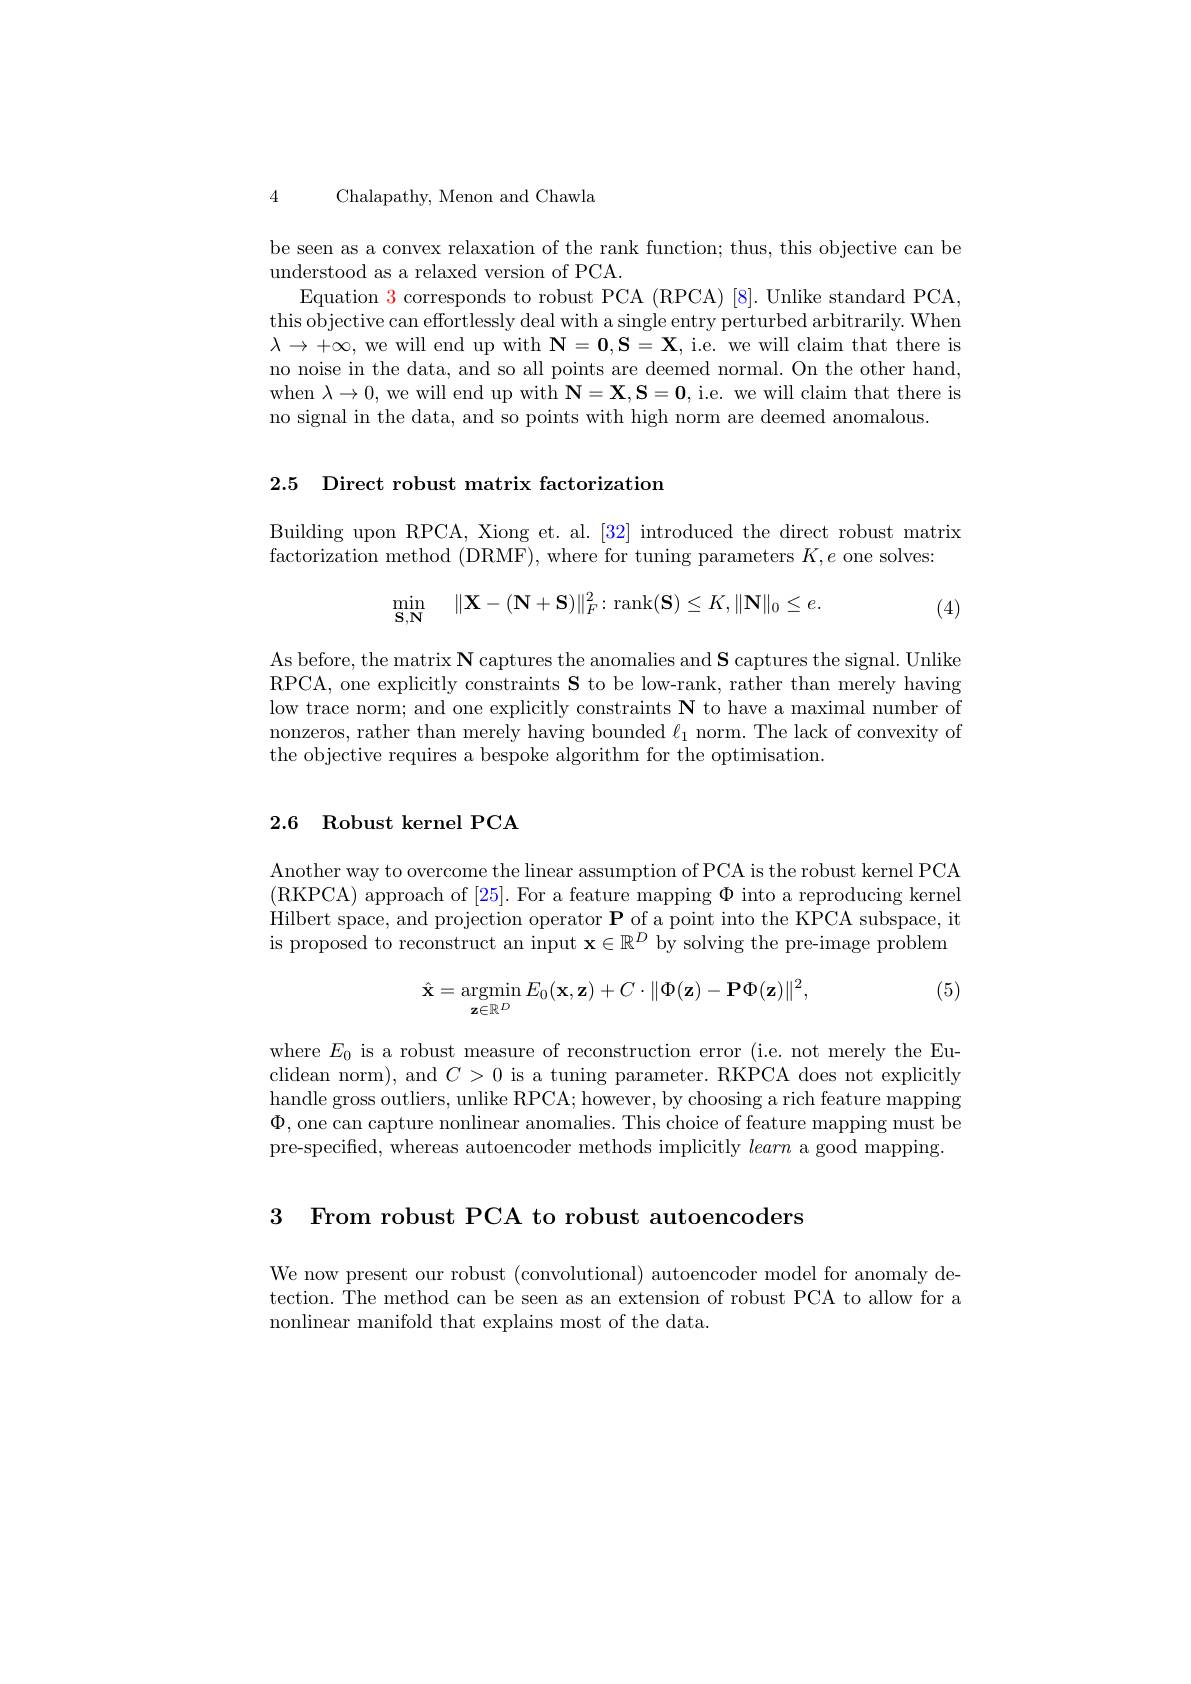
Chalapathy, Menon and Chawla

4

be seen as a convex relaxation of the rank function; thus, this objective can be
understood as a relaxed version of PCA
Equation $\color{red}{3}$corresponds to robust PCA (RPCA)[8]. Unlike standard PCA, this objective can effortlessly deal with a single entry perturbed arbitrarily. When $\lambda\to+\infty$, we will end up with $\mathbf{N}=\mathbf{0},\mathbf{S}=\mathbf{X}$, i.e. we will claim that there is no noise in the data, and so all points are deemed normal. On the other hand, when $\lambda\to0$, we will end up with $\mathbf{N}=\mathbf{X},\mathbf{S}=\mathbf{0}$, i.e. we will claim that there is no signal in the data, and so points with high norm are deemed anomalous

2.5 Direct robust matrix factorization

Building upon RPCA, Xiong et. al. [32] introduced the direct robust matrix
factorization method (DRMF), where for tuning parameters $K,e$ one solves:
$$\min\limits_{\mathbf{S},\mathbf{N}}\quad\|\mathbf{X}-(\mathbf{N}+\mathbf{S})\|_F^2\colon\operatorname{rank}(\mathbf{S})\leq K,\|\mathbf{N}\|_0\leq e.$$
(4)

As before, the matrix N captures the anomalies and $\textbf{S captures the signal. Unlike}$ RPCA, one explicitly constraints $\mathbf{S}$ to be low-rank, rather than merely having low trace norm; and one explicitly constraints N to have a maximal number of nonzeros, rather than merely having bounded $\ell_1$ norm. The lack of convexity of the objective requires a bespoke algorithm for the optimisation

# 2.6 Robust kernel PCA

Another way to overcome the linear assumption of PCA is the robust kernel PCA (RKPCA) approach of [25]. For a feature mapping $\Phi$ into a reproducing kernel Hilbert space, and projection operator $\mathbf{P}$ of a point into the KPCA subspace, it is proposed to reconstruct an input $\mathbf{x}\in\mathbb{R}^D$ by solving the pre-image problem
$$\hat{\mathbf{x}}=\underset{\mathbf{z}\in\mathbb{R}^{D}}{\operatorname*{argmin}}E_{0}(\mathbf{x},\mathbf{z})+C\cdot\|\Phi(\mathbf{z})-\mathbf{P}\Phi(\mathbf{z})\|^{2},$$
(5)

where $E_{0}$ is a robust measure of reconstruction error (i.e. not merely the Euclidean norm), and $C>0$ is a tuning parameter. RKPCA does not explicitly handle gross outliers, unlike RPCA; however, by choosing a rich feature mapping $\Phi$, one can capture nonlinear anomalies. This choice of feature mapping must be pre-specified, whereas autoencoder methods implicitly learn a good mapping

3 From robust PCA to robust autoencoders

We now present our robust (convolutional) autoencoder model for anomaly detection. The method can be seen as an extension of robust PCA to allow for a nonlinear manifold that explains most of the data.